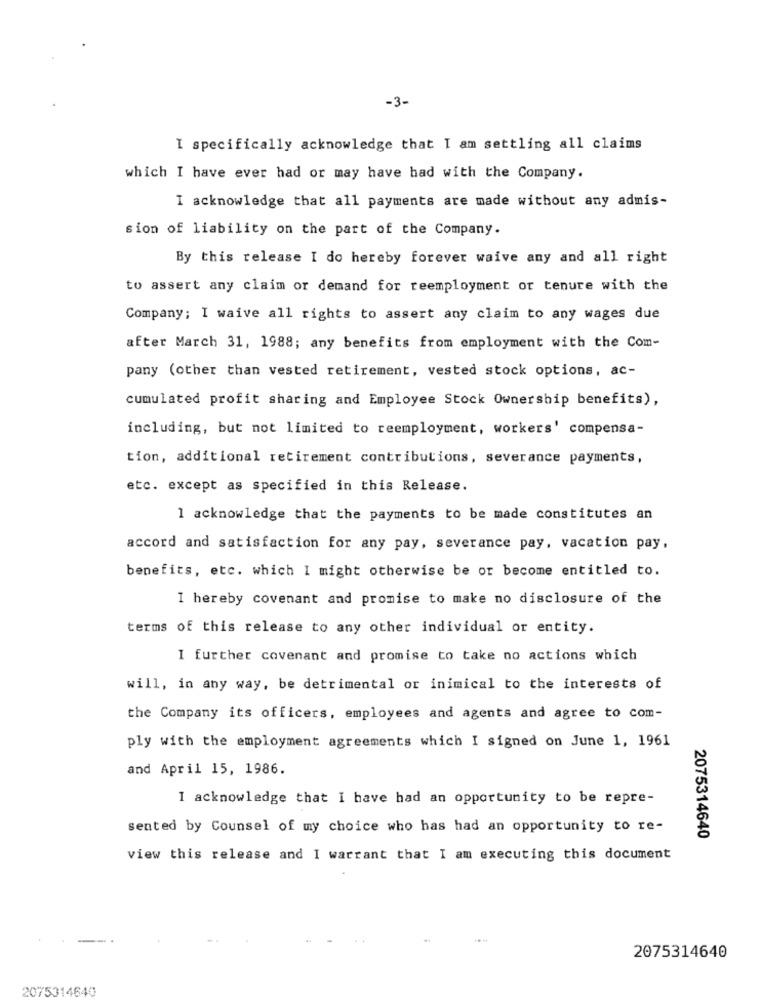
-3-
I specifically acknowledge that I am settling all claims
which I have ever had or may have had with the Company.
I acknowledge that all payments are made without any admis-
sion of liability on the part of the Company.
By this release I do hereby forever waive any and all right
to assert any claim or demand for reemployment or tenure with the
Company; I waive all rights to assert any claim to any wages due
after March 31, 1988; any benefits from employment with the Com-
pany (other than vested retirement, vested stock options, ac-
cumulated profit sharing and Employee Stock Ownership benefits),
including, but not limited to reemployment, workers' compensa-
tion, additional retirement contributions, severance payments,
etc. except as specified in this Release.
1 acknowledge that the payments to be made constitutes an
accord and satisfaction for any pay, severance pay, vacation pay,
benefits, etc. which I might otherwise be or become entitled to.
I hereby covenant and promise to make no disclosure of the
terms of this release to any other individual or entity.
I further covenant and promise to take no actions which
will, in any way, be detrimental or inimical to the interests of
the Company its officers, employees and agents and agree to com-
ply with the employment agreements which I signed on June 1, 1961
and April 15, 1986.
I acknowledge that I have had an opportunity to be repre-
sented by Counsel of my choice who has had an opportunity to re-
2075314640
view this release and I warrant that I am executing this document
2075314640
2075314640